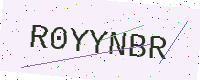
Text: R0YYNBR